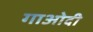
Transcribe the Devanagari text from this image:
गाओदी